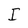
Character: I